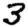
Digit: 3